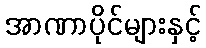
အာဏာပိုင်များနှင့်